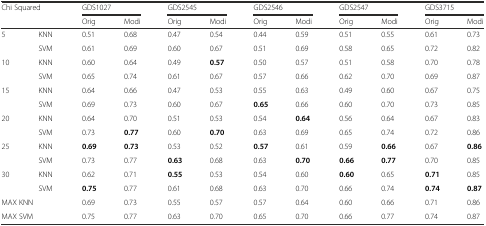
<table><thead><tr><td rowspan="2" colspan="2"><b>Chi Squared</b></td><td colspan="2"><b>GDS1027</b></td><td colspan="2"><b>GDS2545</b></td><td colspan="2"><b>GDS2546</b></td><td colspan="2"><b>GDS2547</b></td><td colspan="2"><b>GDS3715</b></td></tr><tr><td><b>Orig</b></td><td><b>Modi</b></td><td><b>Orig</b></td><td><b>Modi</b></td><td><b>Orig</b></td><td><b>Modi</b></td><td><b>Orig</b></td><td><b>Modi</b></td><td><b>Orig</b></td><td><b>Modi</b></td></tr></thead><tbody><tr><td rowspan="2">5</td><td>KNN</td><td>0.51</td><td>0.68</td><td>0.47</td><td>0.54</td><td>0.44</td><td>0.59</td><td>0.51</td><td>0.55</td><td>0.61</td><td>0.73</td></tr><tr><td>SVM</td><td>0.61</td><td>0.69</td><td>0.60</td><td>0.67</td><td>0.51</td><td>0.69</td><td>0.58</td><td>0.65</td><td>0.72</td><td>0.82</td></tr><tr><td rowspan="2">10</td><td>KNN</td><td>0.60</td><td>0.64</td><td>0.49</td><td><b>0.57</b></td><td>0.50</td><td>0.57</td><td>0.51</td><td>0.58</td><td>0.70</td><td>0.78</td></tr><tr><td>SVM</td><td>0.65</td><td>0.74</td><td>0.61</td><td>0.67</td><td>0.57</td><td>0.66</td><td>0.62</td><td>0.70</td><td>0.69</td><td>0.87</td></tr><tr><td rowspan="2">15</td><td>KNN</td><td>0.64</td><td>0.66</td><td>0.47</td><td>0.53</td><td>0.55</td><td>0.63</td><td>0.49</td><td>0.60</td><td>0.67</td><td>0.75</td></tr><tr><td>SVM</td><td>0.69</td><td>0.73</td><td>0.60</td><td>0.67</td><td><b>0.65</b></td><td>0.66</td><td>0.60</td><td>0.70</td><td>0.73</td><td>0.85</td></tr><tr><td rowspan="2">20</td><td>KNN</td><td>0.64</td><td>0.70</td><td>0.51</td><td>0.53</td><td>0.54</td><td><b>0.64</b></td><td>0.56</td><td>0.64</td><td>0.67</td><td>0.83</td></tr><tr><td>SVM</td><td>0.73</td><td><b>0.77</b></td><td>0.60</td><td><b>0.70</b></td><td>0.63</td><td>0.69</td><td>0.65</td><td>0.74</td><td>0.72</td><td>0.86</td></tr><tr><td rowspan="2">25</td><td>KNN</td><td><b>0.69</b></td><td><b>0.73</b></td><td>0.53</td><td>0.52</td><td><b>0.57</b></td><td>0.61</td><td>0.59</td><td><b>0.66</b></td><td>0.67</td><td><b>0.86</b></td></tr><tr><td>SVM</td><td>0.73</td><td>0.77</td><td><b>0.63</b></td><td>0.68</td><td>0.63</td><td><b>0.70</b></td><td><b>0.66</b></td><td><b>0.77</b></td><td>0.70</td><td>0.85</td></tr><tr><td rowspan="2">30</td><td>KNN</td><td>0.62</td><td>0.71</td><td><b>0.55</b></td><td>0.53</td><td>0.54</td><td>0.60</td><td><b>0.60</b></td><td>0.65</td><td><b>0.71</b></td><td>0.85</td></tr><tr><td>SVM</td><td><b>0.75</b></td><td>0.77</td><td>0.61</td><td>0.68</td><td>0.63</td><td>0.70</td><td>0.66</td><td>0.74</td><td><b>0.74</b></td><td><b>0.87</b></td></tr><tr><td colspan="2">MAX KNN</td><td>0.69</td><td>0.73</td><td>0.55</td><td>0.57</td><td>0.57</td><td>0.64</td><td>0.60</td><td>0.66</td><td>0.71</td><td>0.86</td></tr><tr><td colspan="2">MAX SVM</td><td>0.75</td><td>0.77</td><td>0.63</td><td>0.70</td><td>0.65</td><td>0.70</td><td>0.66</td><td>0.77</td><td>0.74</td><td>0.87</td></tr></tbody></table>